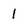
Character: 1